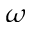
\omega